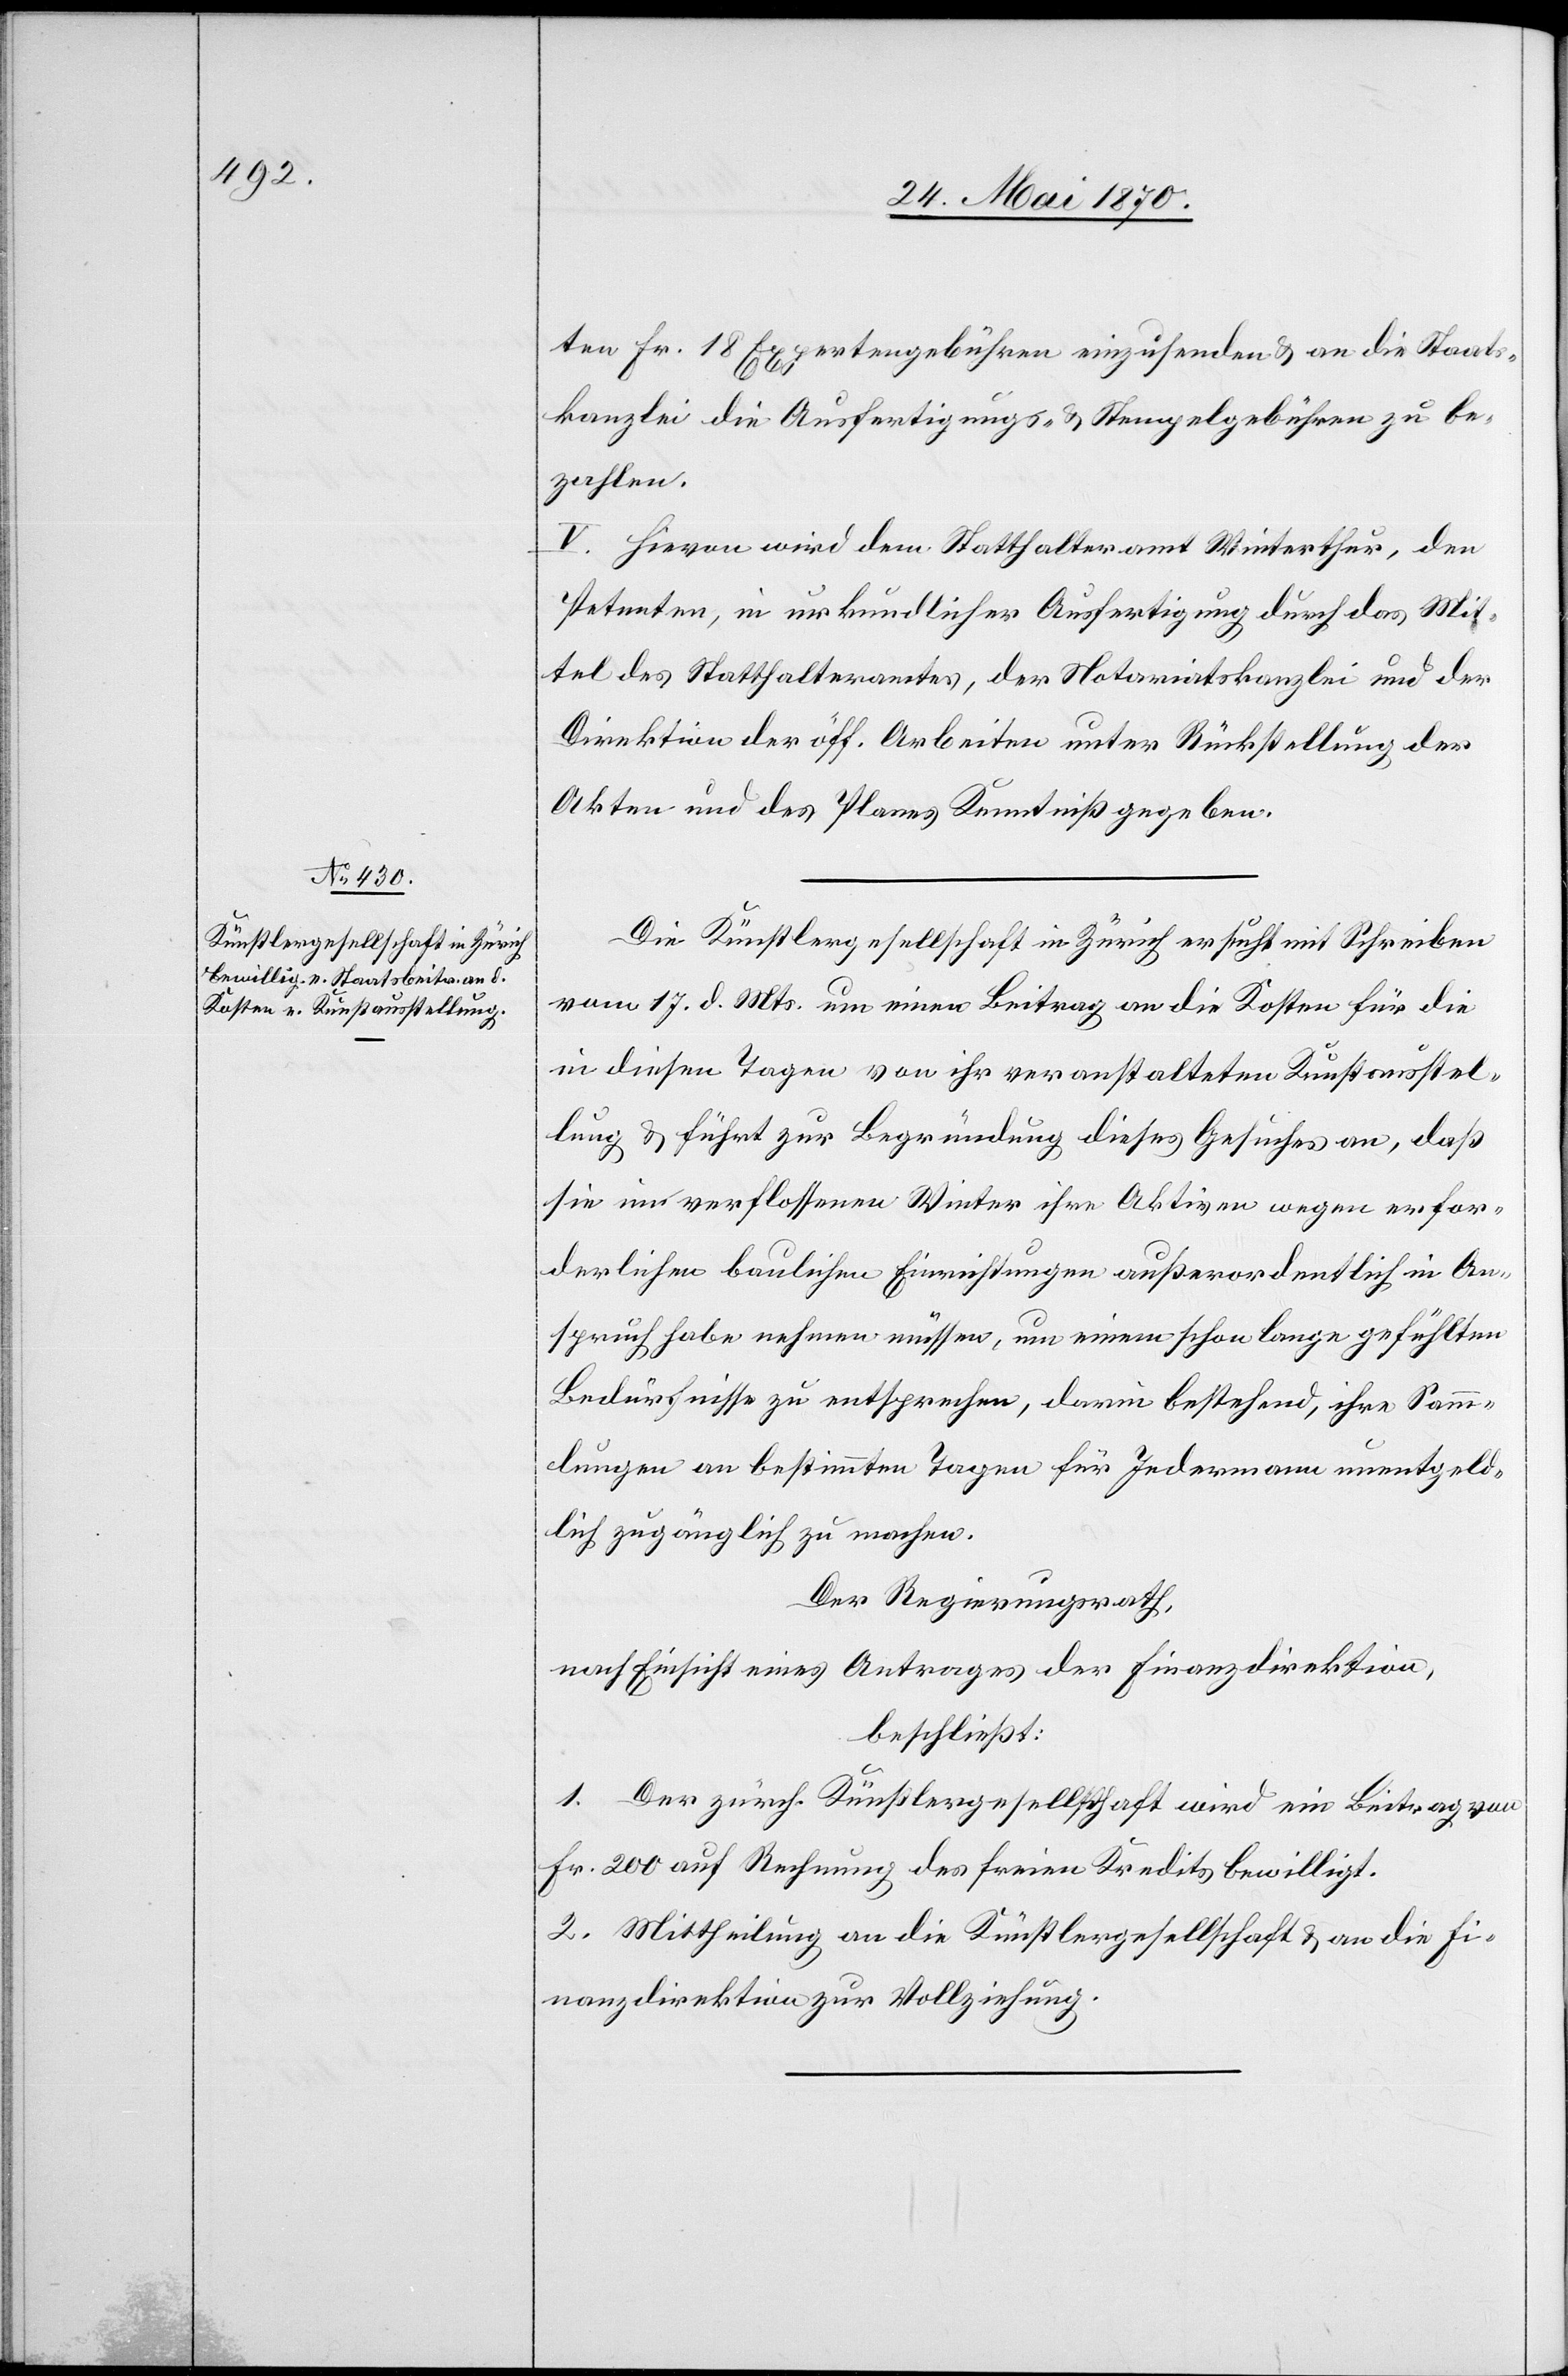
ten Fr. 18 Expertengebühren einzusenden & an die Staats¬
kanzlei die Ausfertigungs- & Stempelgebühren zu be¬
zahlen.
V. Hievon wird dem Statthalteramt Winterthur, den
Petenten, in urkundlicher Ausfertigung durch das Mit¬
tel des Statthalteramtes, der Notariatskanzlei und der
Direktion der öff. Arbeiten unter Rückstellung der
Akten und des Planes Kenntniß gegeben.
Die Künstlergesellschaft in Zürich ersucht mit Schreiben
vom 17. d. Js. um einen Beitrag an die Kosten für die
in diesen Tagen von ihr veranstalteten Kunstausstel¬
lung & führt zur Begründung dieses Gesuches an, daß
sie im verflossenen Winter ihre Aktiven wegen erfor¬
derlichen baulichen Einrichtungen außerordentlich in An¬
spruch habe nehmen müssen, um einem schon lange gefühlten
Bedürfnisse zu entsprechen, darin bestehend, ihre Samm¬
lungen an bestimmten Tagen für Jedermann unentgeld¬
lich zugänglich zu machen.
Der Regierungsrath,
nach Einsicht eines Antrages der Finanzdirektion,
beschließt:
1. Der zürch. Künstlergesellschaft wird ein Beitrag von
Fr. 200 auf Rechnung des freien Kredits bewilligt.
2. Mittheilung an die Künstlergesellschaft & an die Fi¬
nanzdirektion zur Vollziehung.